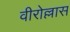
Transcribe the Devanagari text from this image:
वीरोल्लास